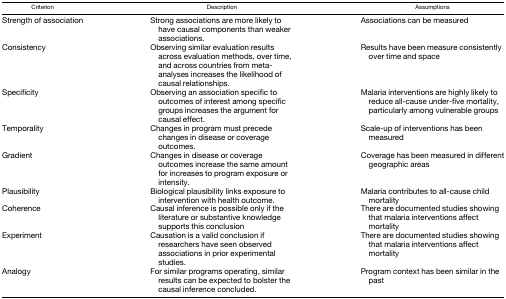
| Criterion | Description | Assumptions |
 | --- | --- | --- |
 | Strength of association | Strong associations are more likely to have causal components than weaker associations. | Associations can be measured |
 | Consistency | Observing similar evaluation results across evaluation methods, over time, and across countries from meta-analyses increases the likelihood of causal relationships. | Results have been measure consistently over time and space |
 | Specificity | Observing an association specific to outcomes of interest among specific groups increases the argument for causal effect. | Malaria interventions are highly likely to reduce all-cause under-five mortality, particularly among vulnerable groups |
 | Temporality | Changes in program must precede changes in disease or coverage outcomes. | Scale-up of interventions has been measured |
 | Gradient | Changes in disease or coverage outcomes increase the same amount for increases to program exposure or intensity. | Coverage has been measured in different geographic areas |
 | Plausibility | Biological plausibility links exposure to intervention with health outcome. | Malaria contributes to all-cause child mortality |
 | Coherence | Causal inference is possible only if the literature or substantive knowledge supports this conclusion | There are documented studies showing that malaria interventions affect mortality |
 | Experiment | Causation is a valid conclusion if researchers have seen observed associations in prior experimental studies. | There are documented studies showing that malaria interventions affect mortality |
 | Analogy | For similar programs operating, similar results can be expected to bolster the causal inference concluded. | Program context has been similar in the past |